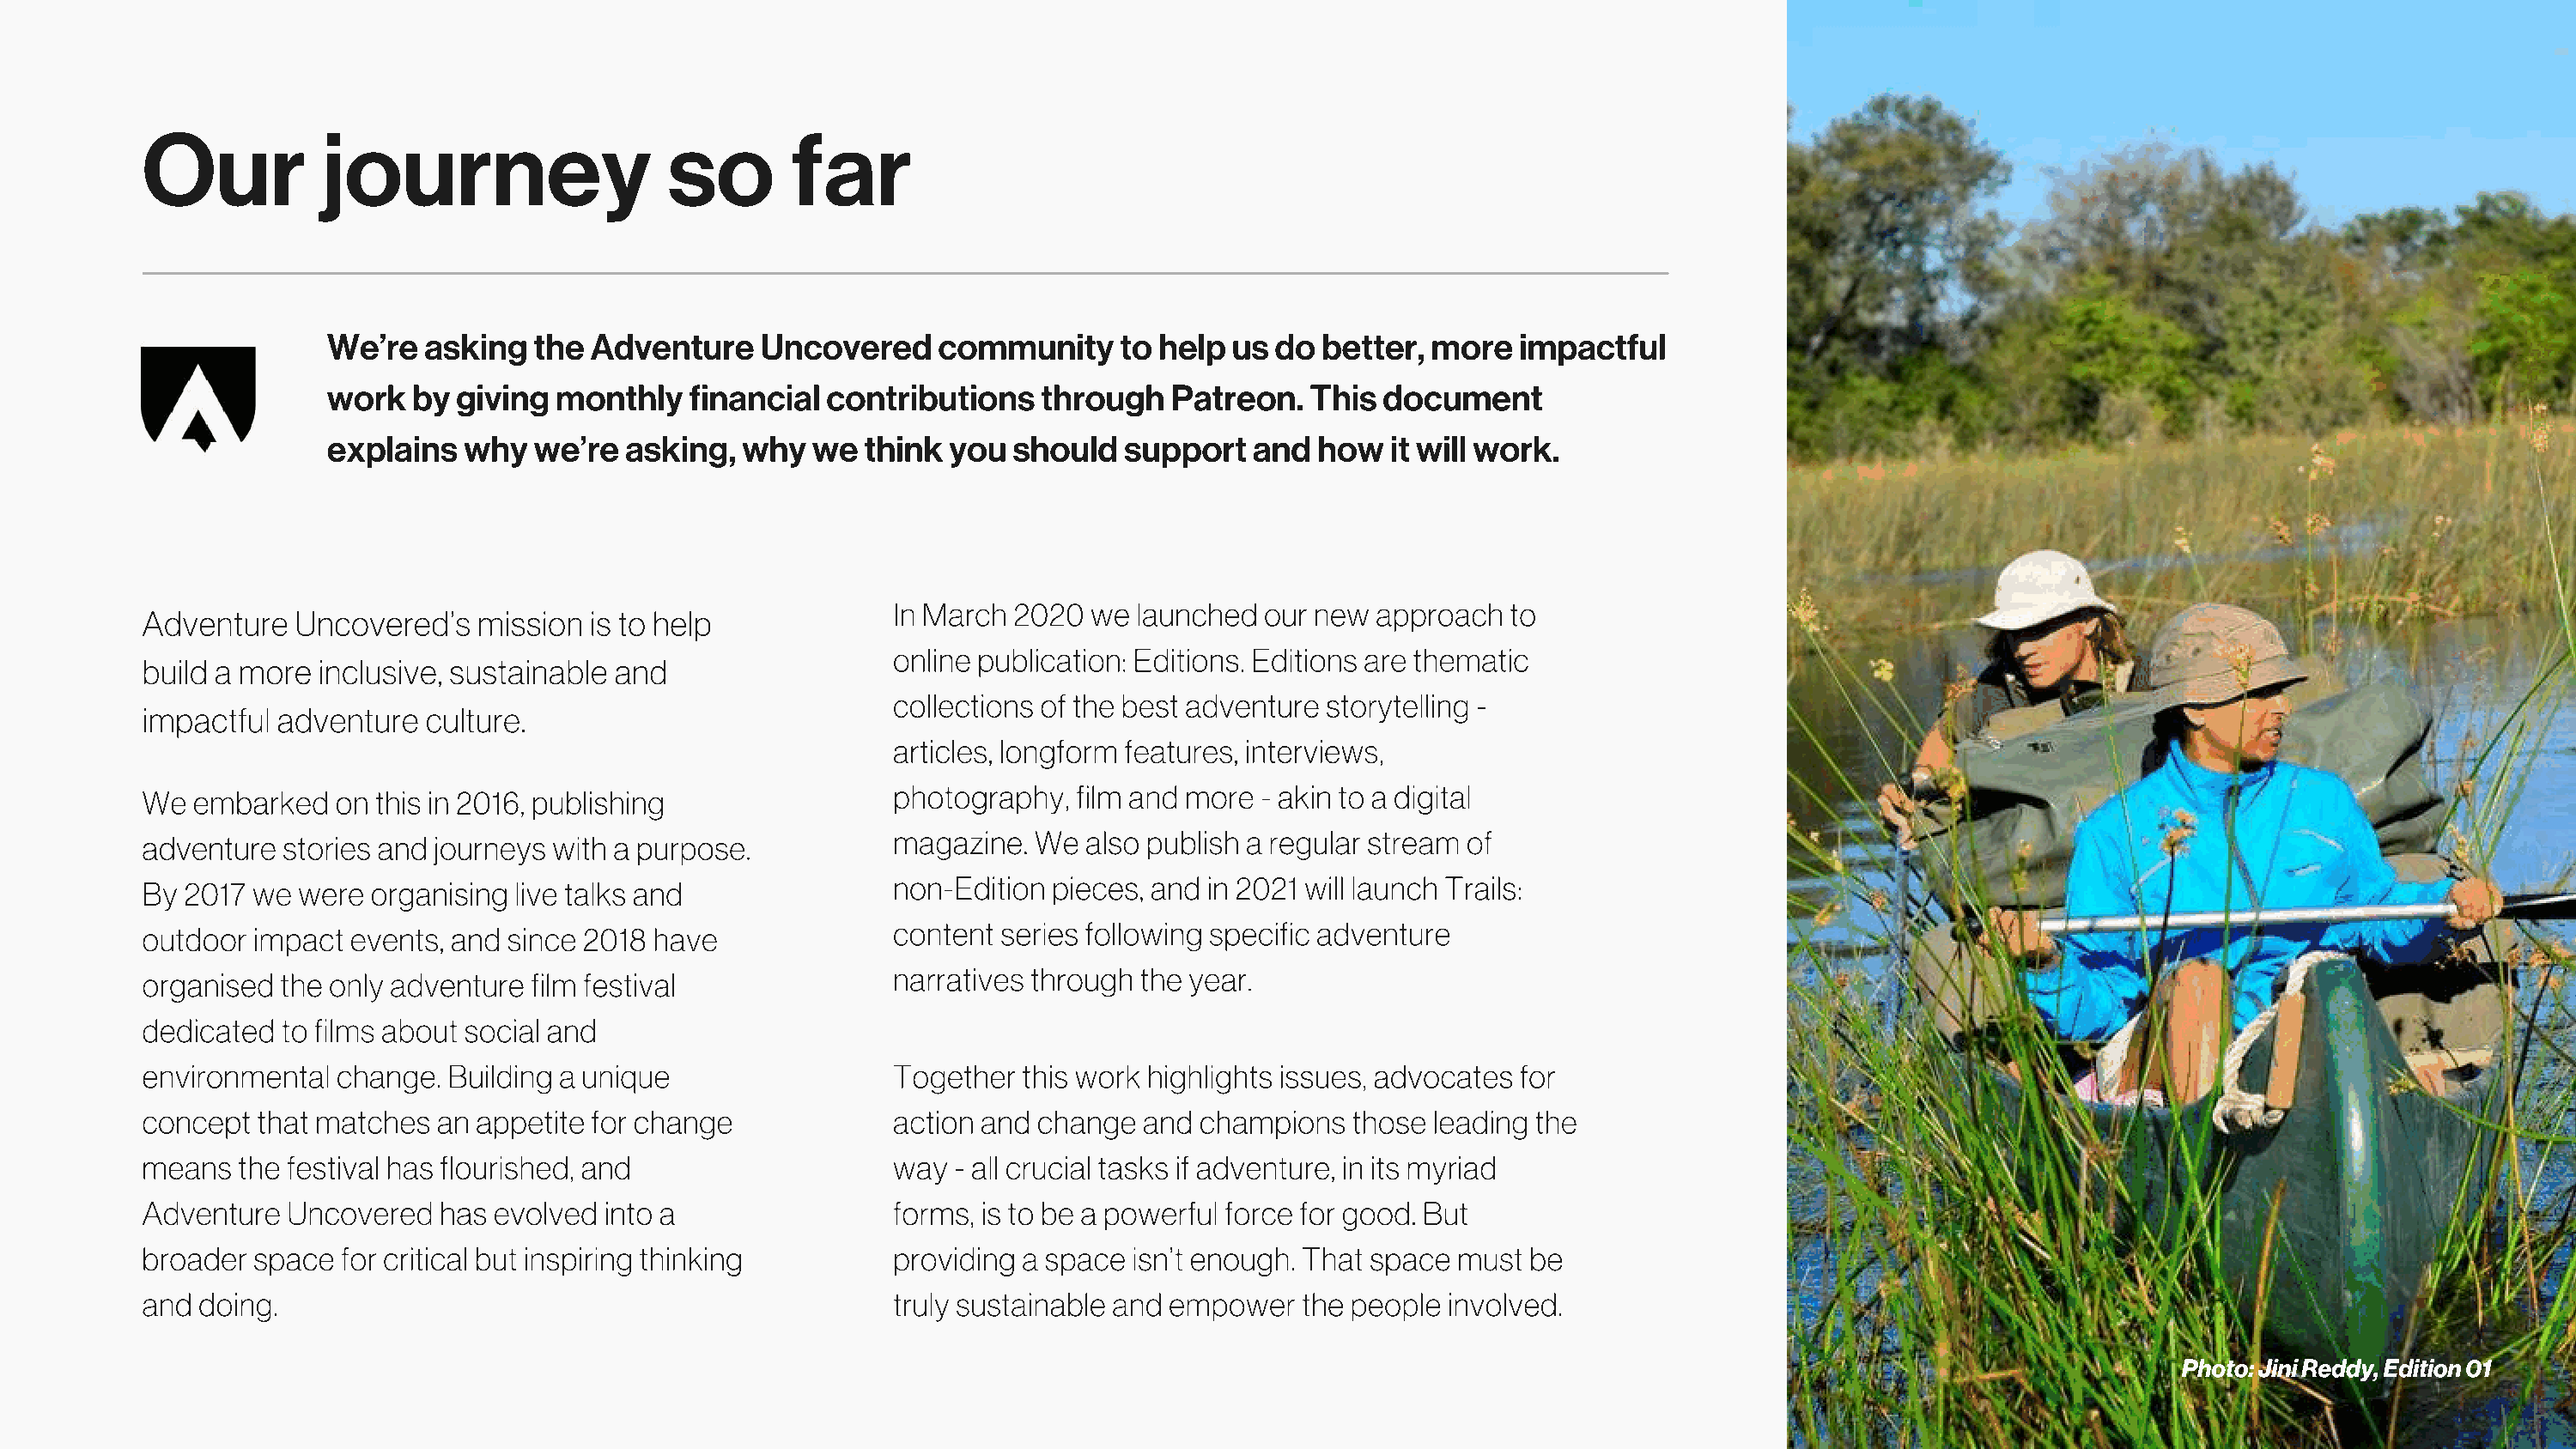
Our           journey                    so       far
 We’re   asking  the  Adventure    Uncovered    community     to help  us do  better, more   impactful
 work   by giving  monthly   financial  contributions   through   Patreon.   This  document
 explains   why  we’re  asking,  why   we  think you  should   support   and  how  it will work.
 In March 2020  we  launched our new  approach  to
 Adventure   Uncovered’s   mission  is to help
 online publication: Editions. Editions are thematic
 build a more  inclusive, sustainable and
 collections of the best adventure storytelling -
 impactful adventure   culture.
 articles, longform features, interviews,
 photography,  film and more - akin to a digital
 We  embarked   on this in 2016, publishing
 magazine.  We  also publish a regular stream of
 adventure  stories and journeys with a purpose.
 non-Edition pieces, and in 2021 will launch Trails:
 By 2017 we  were  organising live talks and
 content series following specific adventure
 outdoor  impact events, and since 2018 have
 narratives through the year.
 organised  the only adventure film festival
 dedicated  to films about social and
 environmental  change.  Building a unique                 Together  this work highlights issues, advocates for
 concept  that matches  an appetite for change             action and change  and champions   those leading the
 means  the festival has flourished, and                   way  - all crucial tasks if adventure, in its myriad
 Adventure  Uncovered   has evolved  into a                forms, is to be a powerful force for good. But
 broader  space for critical but inspiring thinking        providing a space isn’t enough. That space must  be
 and doing.                                                truly sustainable and empower  the people  involved.
 Photo: Jini Reddy, Edition 01